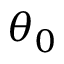
\theta _ { 0 }